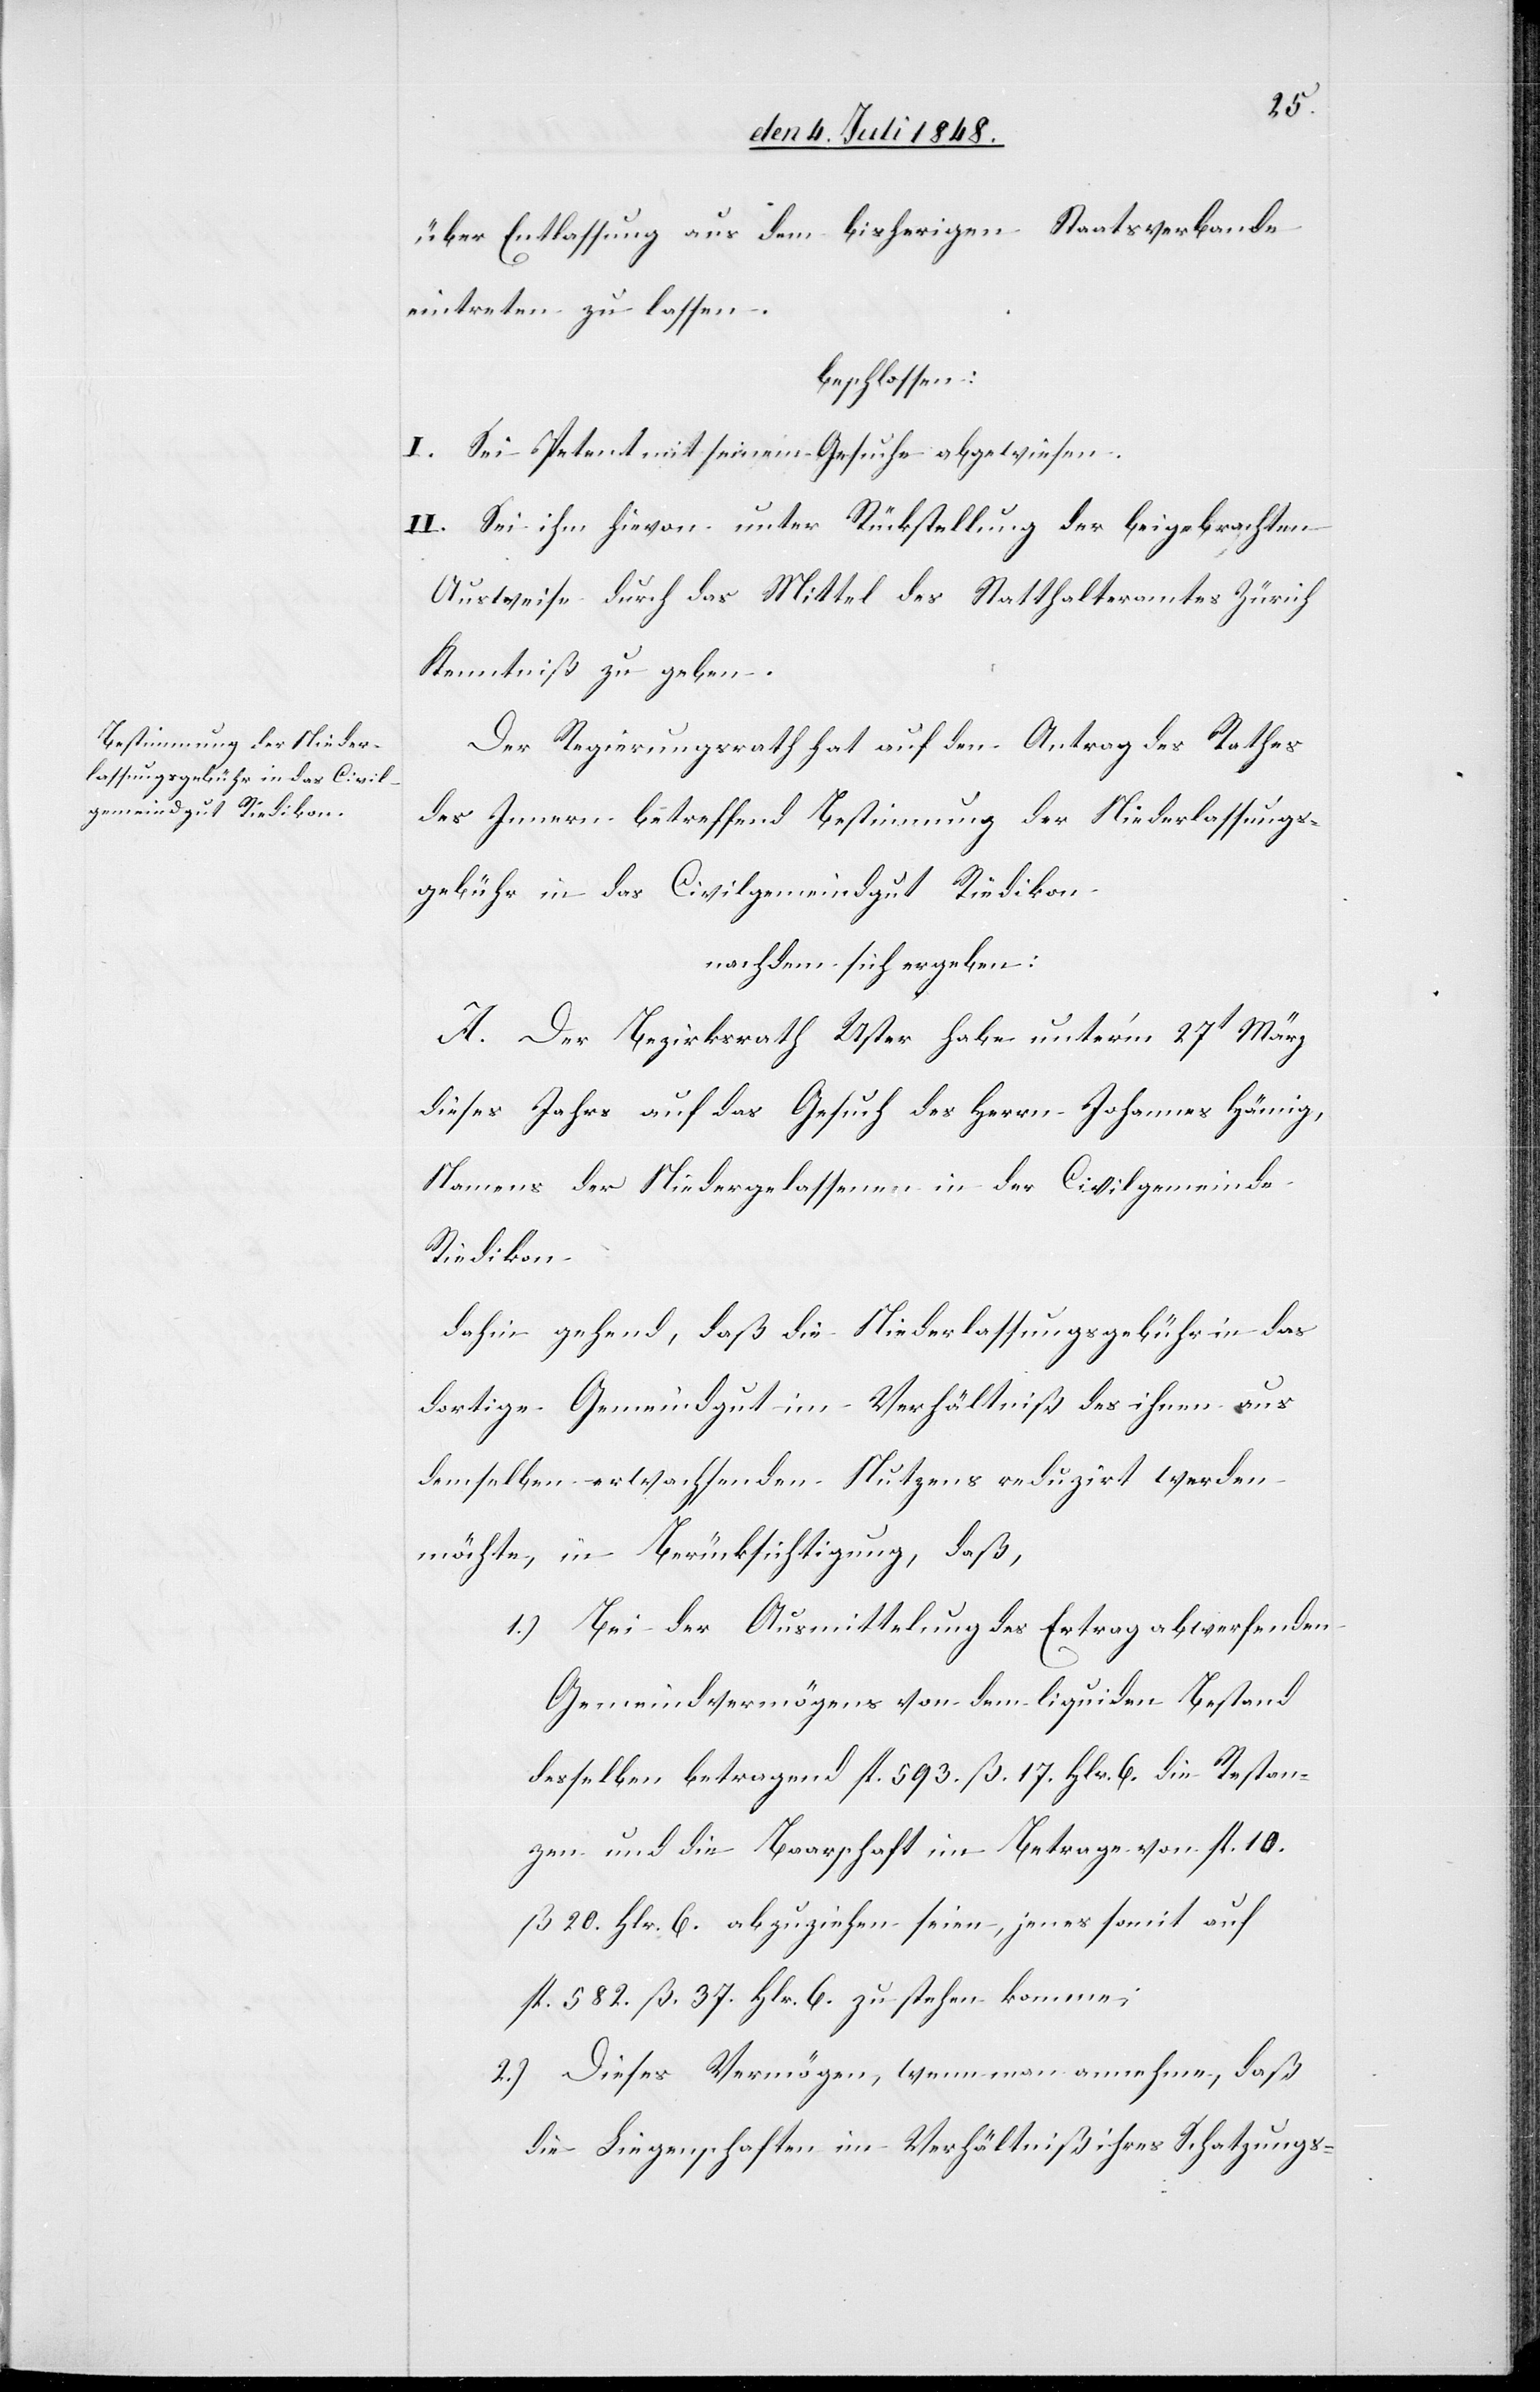
über Entlassung aus dem bisherigen Staatsverbande
eintreten zu lassen.
beschlossen:
I. Sei Petent mit seinem Gesuche abgewiesen.
II. Sei ihm hievon unter Rückstellung der beigebrachten
Ausweise durch das Mittel des Statthalteramtes Zürich
Kenntniß zu geben.
Der Regierungsrath hat auf den Antrag des Rathes
des Innern betreffend Bestimmung der Niederlassungs¬
gebühr in das Civilgemeindgut Riedikon
nachdem sich ergeben:
A. Der Bezirksrath Uster habe unter’m 27t März
dieses Jahrs auf das Gesuch des Herrn Johannes Hämig,
Namens der Niedergelassenen in der Civilgemeinde
Riedikon
dahin gehend, daß die Niederlassungsgebühr in das
dortige Gemeindgut im Verhältniß des ihnen aus
demselben erwachsenden Nutzens reduzirt werden
möchte, in Berücksichtigung, daß,
1.) Bei der Ausmittelung des Ertrag abwerfenden
Gemeindvermögens von dem liquiden Bestand
desselben betragend fl. 593. ß. 17. Hlr. 6. die Restan¬
zen und die Baarschaft im Betrage von fl. 10.
ß. 20. Hlr. 6. abzuziehen seien, jenes somit auf
fl. 582. ß. 37. Hlr. 6. zustehen komme;
2.) Dieses Vermögen, wenn man annehme, daß
die Liegenschaften im Verhältniß ihres Schatzungs-